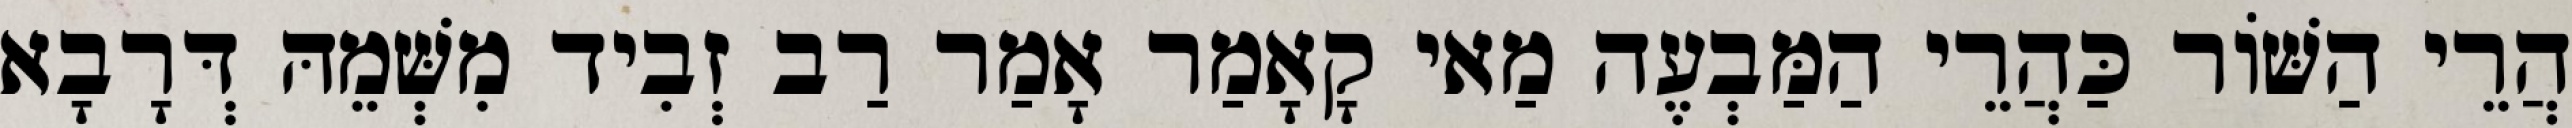
הֲרֵי הַשּׁוֹר כַּהֲרֵי הַמַּבְעֶה מַאי קָאָמַר אָמַר רַב זְבִיד מִשְּׁמֵהּ דְּרָבָא